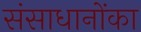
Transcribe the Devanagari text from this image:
संसाधानोंका